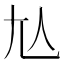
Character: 𡯈